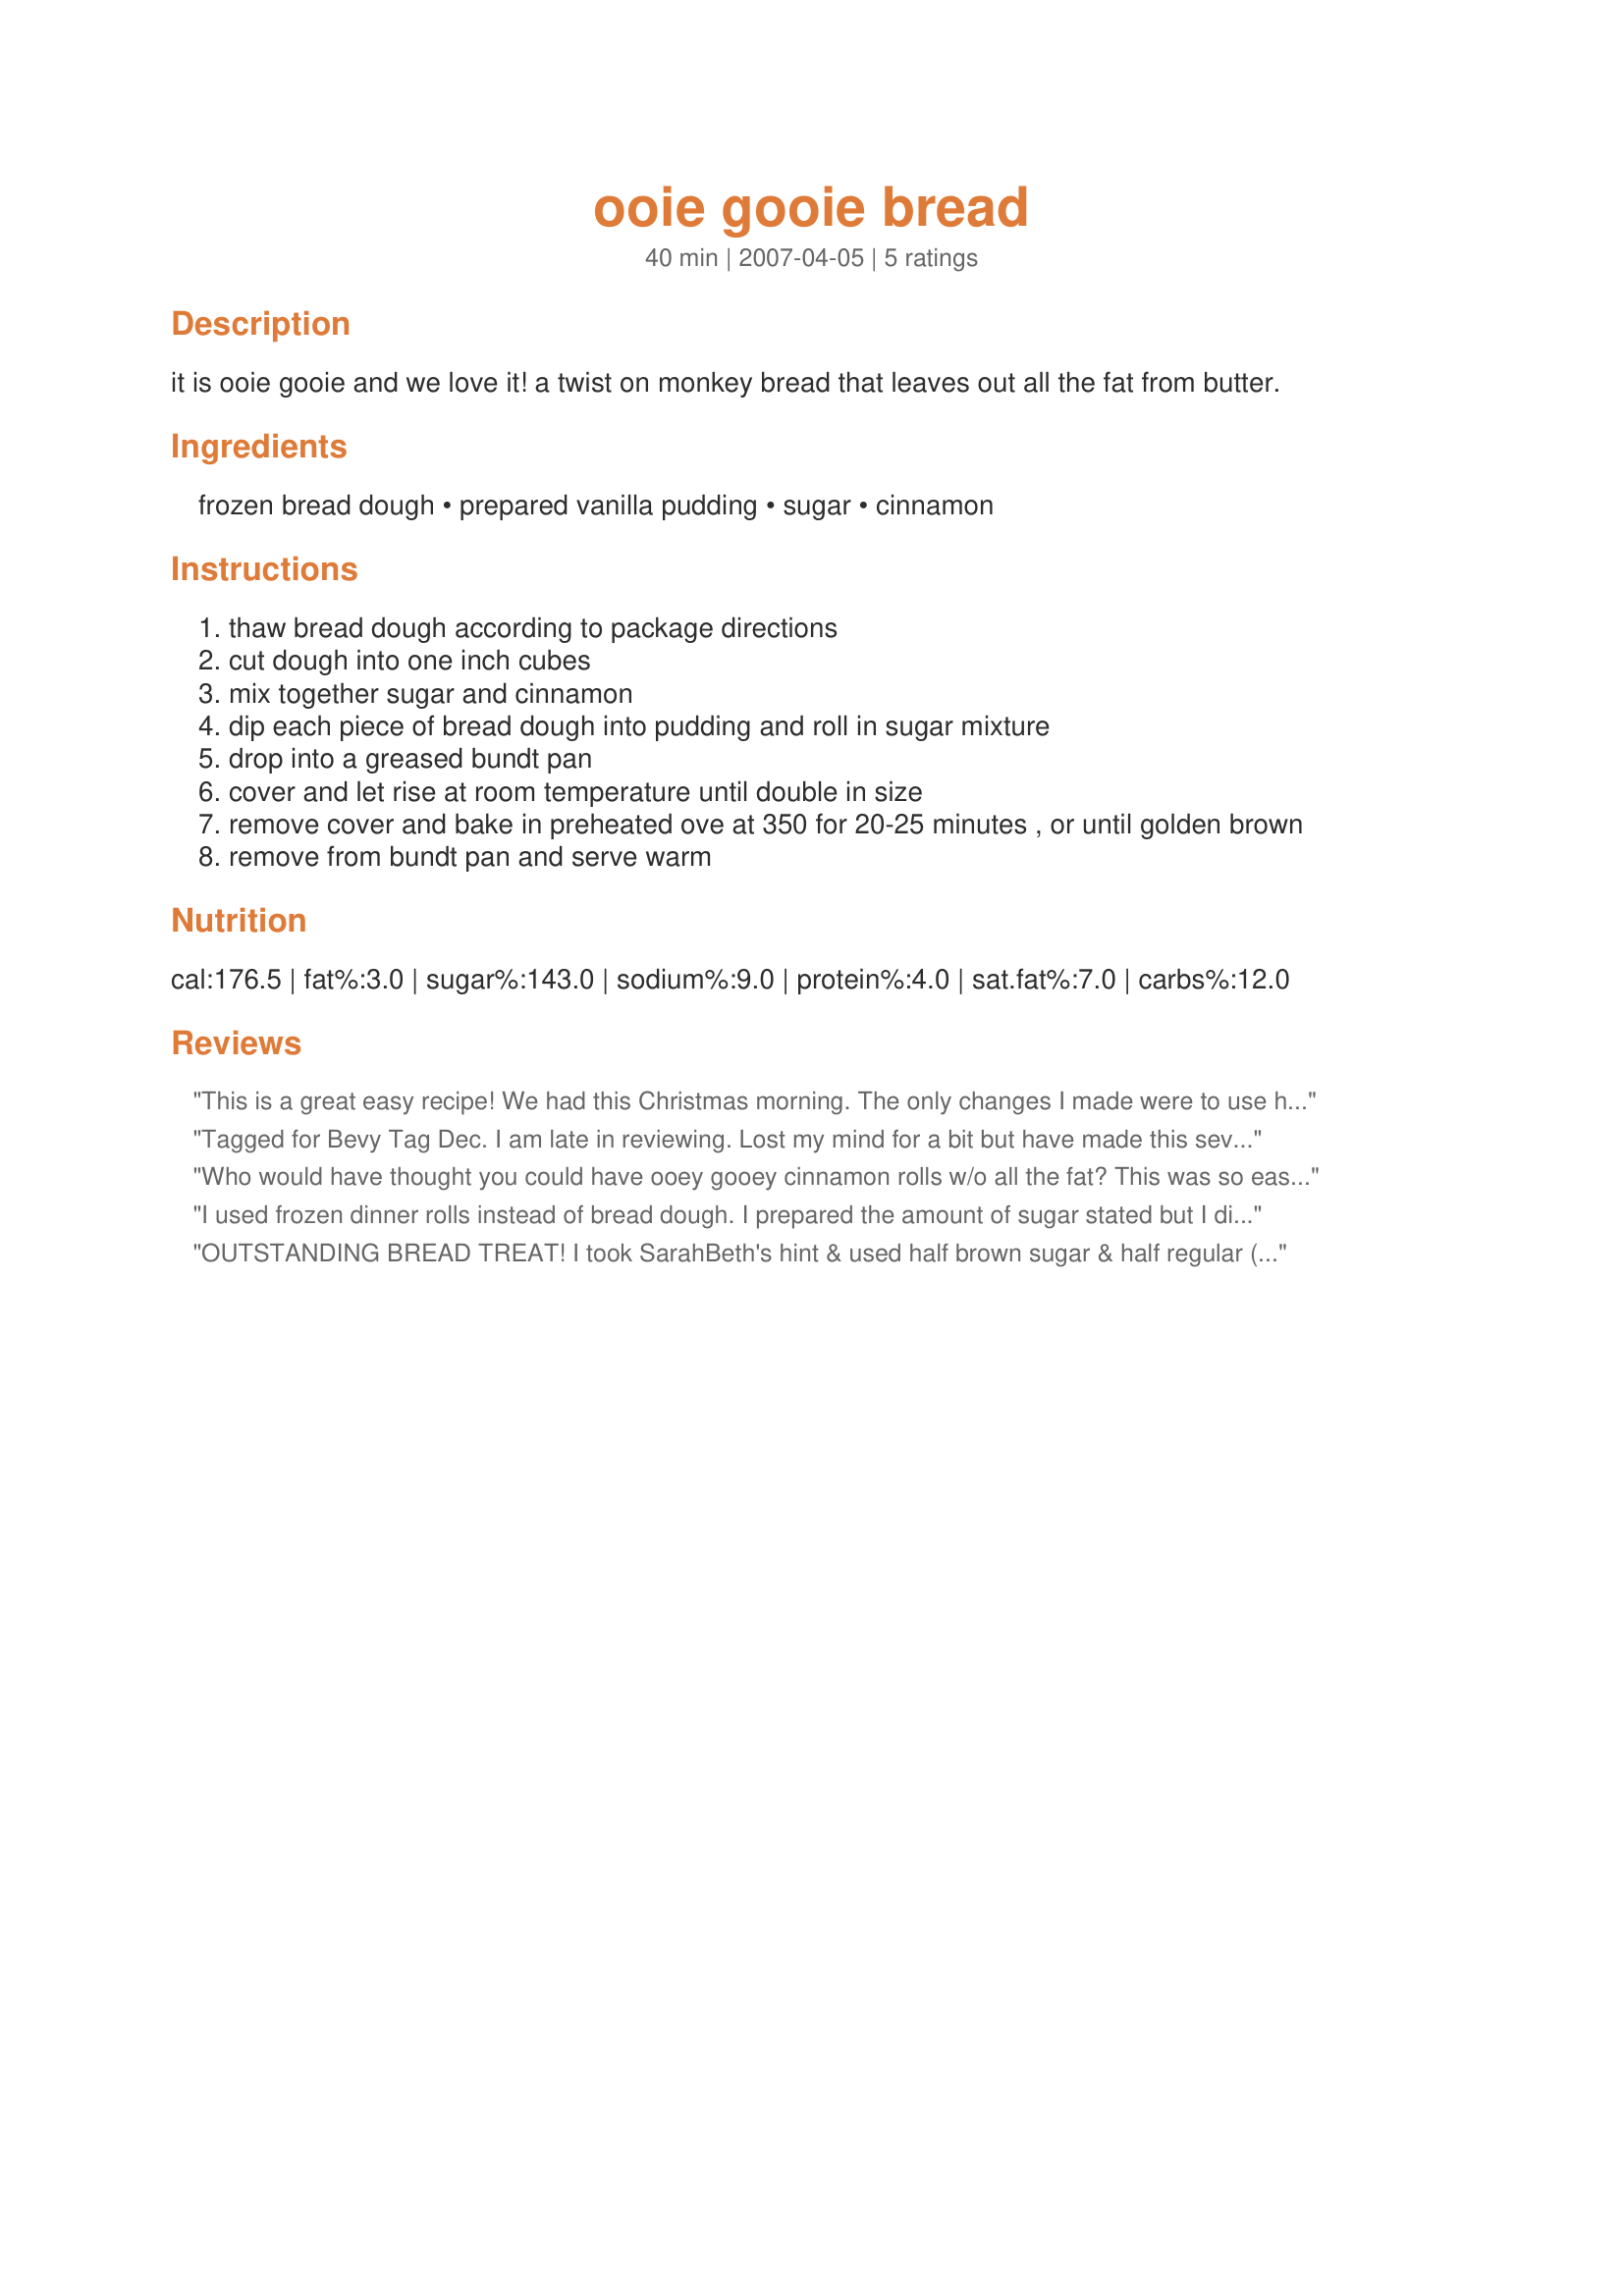
ooie gooie bread
Preparation time: 40 minutes

it is ooie gooie and we love it! a twist on monkey bread that leaves out all the fat from butter.

Ingredients:
frozen bread dough, prepared vanilla pudding, sugar, cinnamon

Steps:
thaw bread dough according to package directions
cut dough into one inch cubes
mix together sugar and cinnamon
dip each piece of bread dough into pudding and roll in sugar mixture
drop into a greased bundt pan
cover and let rise at room temperature until double in size
remove cover and bake in preheated ove at 350 for 20-25 minutes , or until golden brown
remove from bundt pan and serve warm

Reviews:
This is a great easy recipe! We had this Christmas morning. The only changes I made were to use half brown sugar and half white and just about double the cinnamon since we love it! Thanks for posting!
Tagged for Bevy Tag Dec. I am late in reviewing. Lost my mind for a bit but have made this several times now as I can eat it without so much guilt and my kids (adults) love monkey bread. This is the perfect fit of the 2. Not only does it taste good it is simple to make. Loved it! I also layed out to bits after dipping on a sugar covered tray, then rolled them a bit until covered. Less mess forme. When kids did it they made a mess but lots of laughter.
Who would have thought you could have ooey gooey cinnamon rolls w/o all the fat? This was so easy to make and so yummy to eat. The kids had a blast helping and getting their hands covered w/ all the ooey gooey in the process! A definite keeper! I used instant pudding made with skim milk. When we dipped the pudding covered dough into the cinnamon sugar, the pudding and sugar got all mixed up and eventually I just stirred some of the pudding up a bit w/ some of the sugar and just rolled the dough bits in that. Seemed to work just fine. Thanks for a definite keeper! Made for My 3 Chefs 2007.
I used frozen dinner rolls instead of bread dough. I prepared the amount of sugar stated but I didn't end up using it all. Made for PRMR Holiday Tag
OUTSTANDING BREAD TREAT! I took SarahBeth's hint & used half brown sugar & half regular (we like sweet!) AND increased the amount of cinnamon by half! I also took another reviewer's tip & stirred the sugar into the pudding right off, then did the dipping & rolling after that ~ Worked out just fine & 4 of us had a great time devouring this GREAT TASTING, OOIE GOOIE BREAD! Definitely a keeper! [Made & reviewed in Gimme 5 tag]
